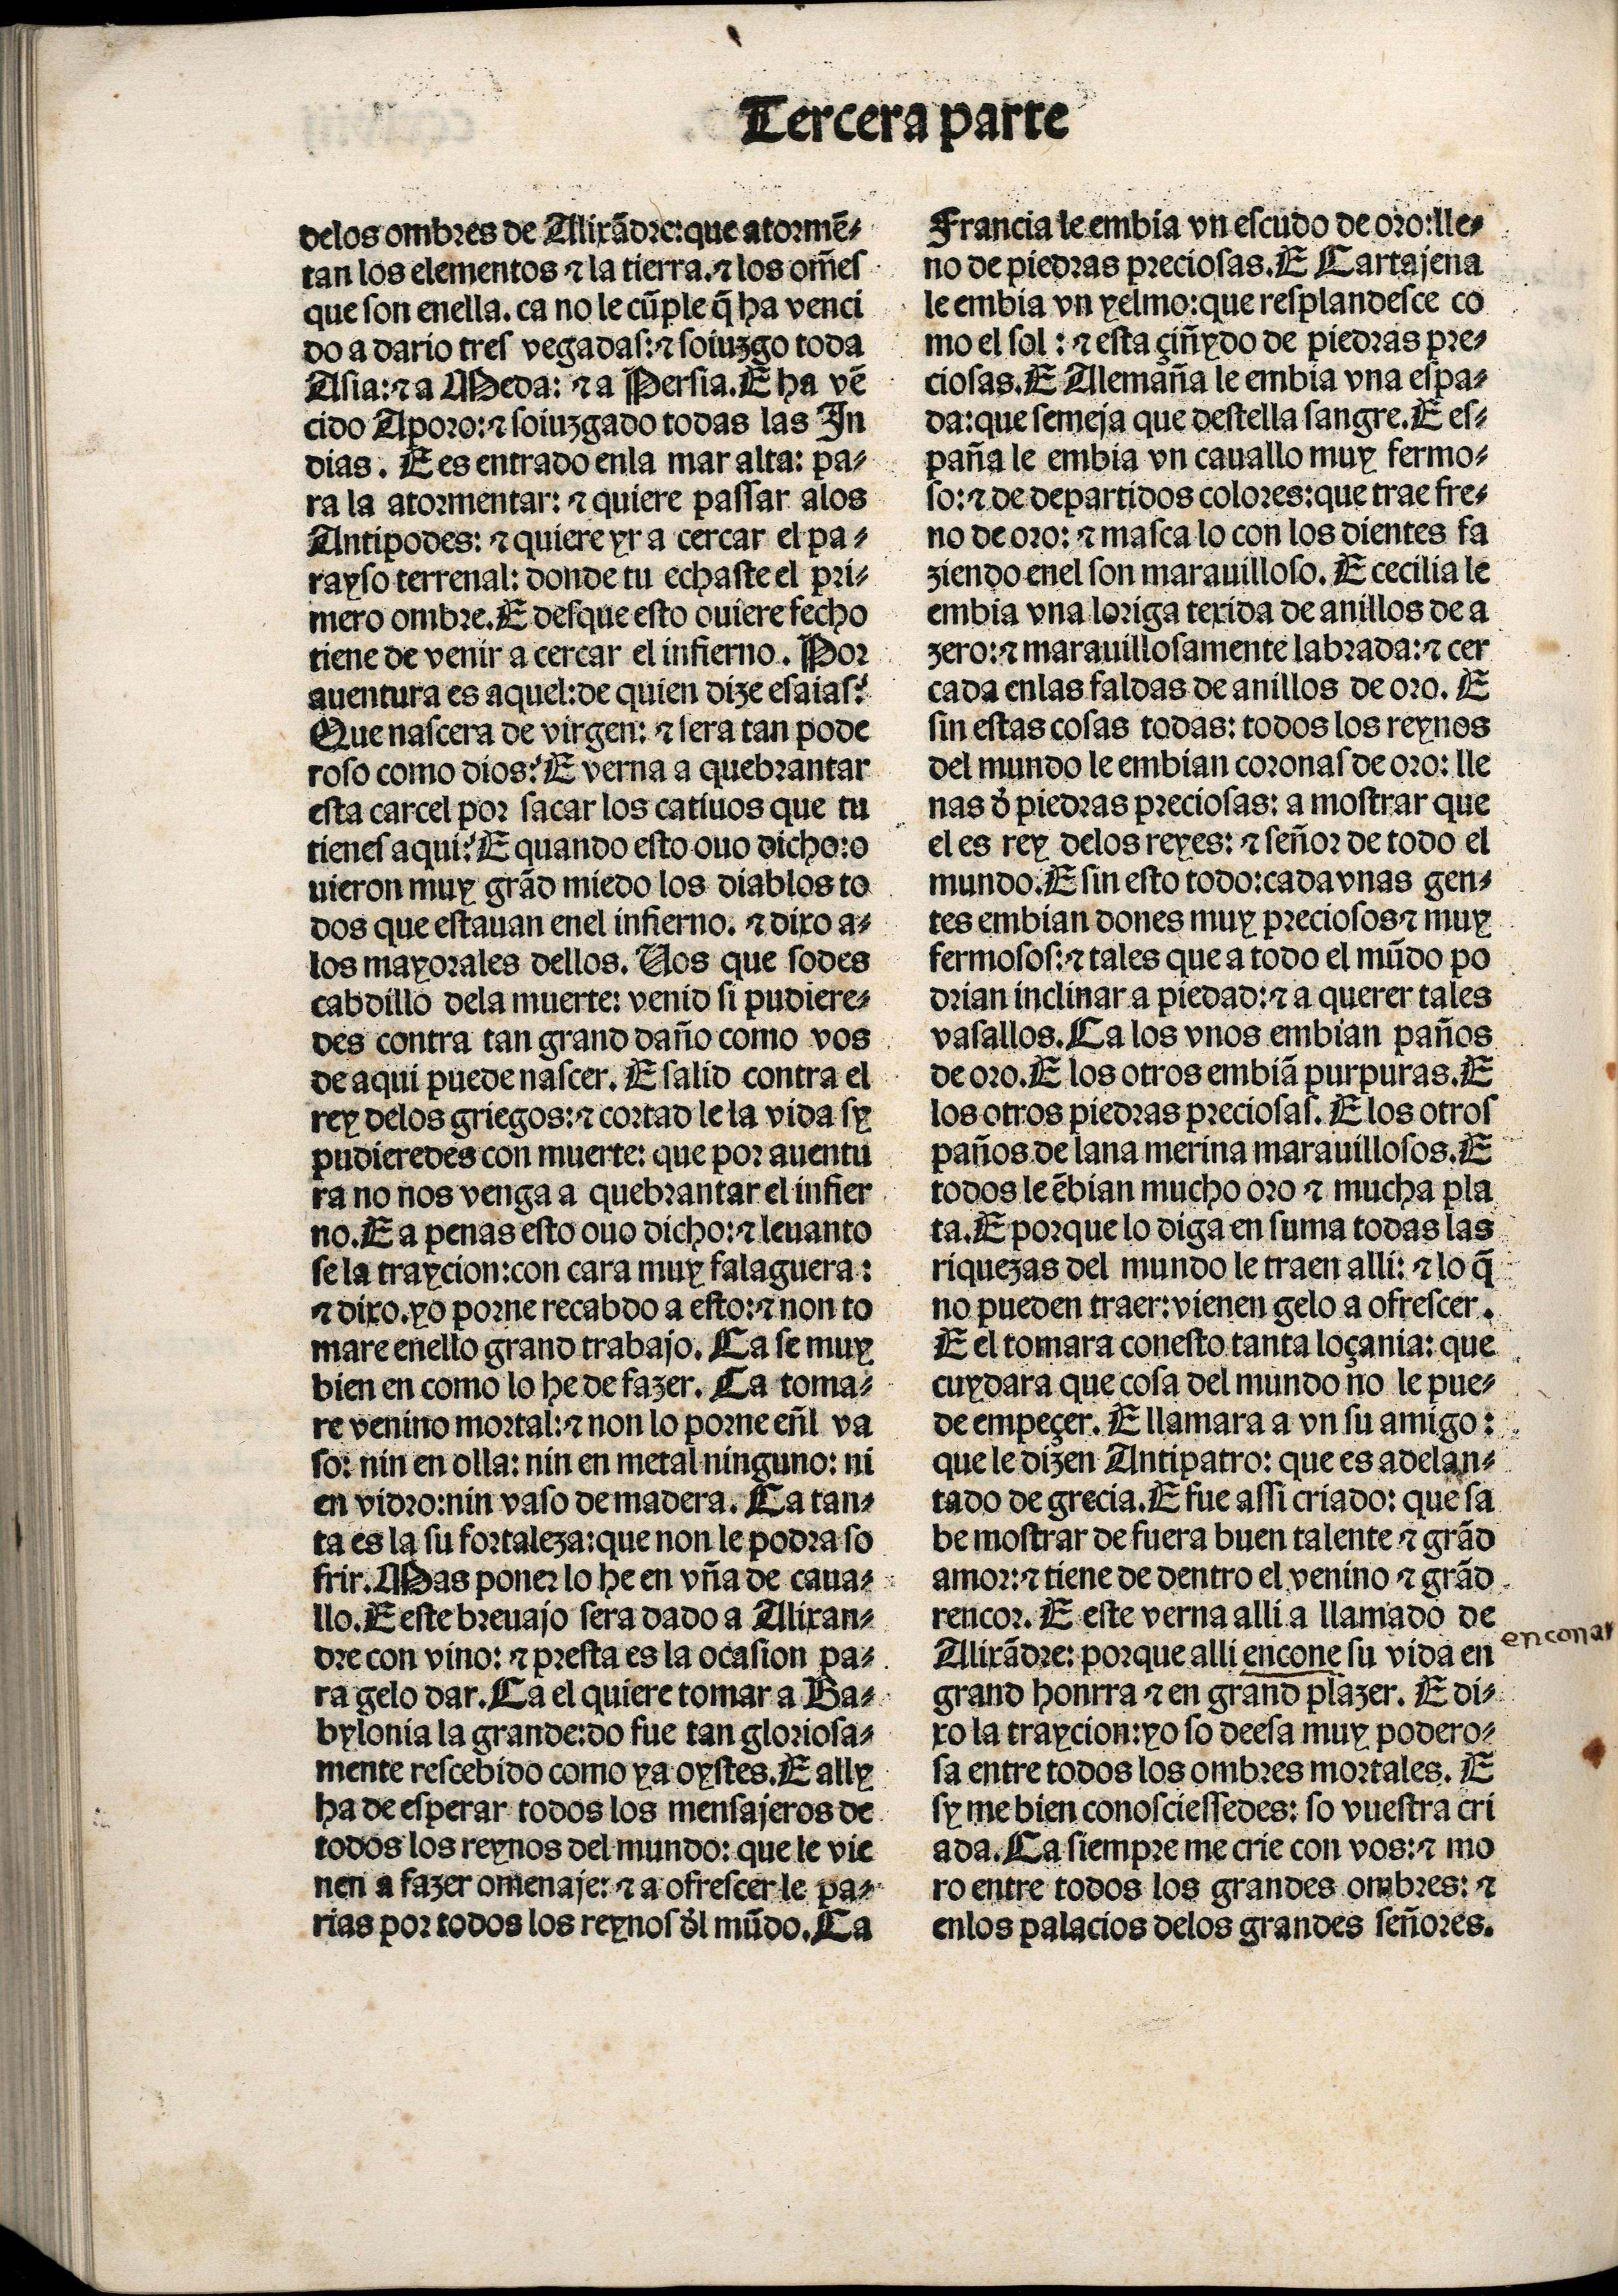
Shelfmark: Madrid, BNE, Inc. 901
Century: 15